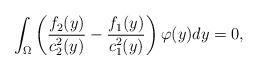
LaTeX: \begin{align*}\int_{\Omega}\left( \frac{f_2(y)}{c_2^{2}(y)}-\frac{f_1(y)}{c_1^{2}(y)} \right) \varphi(y)dy =0,\end{align*}